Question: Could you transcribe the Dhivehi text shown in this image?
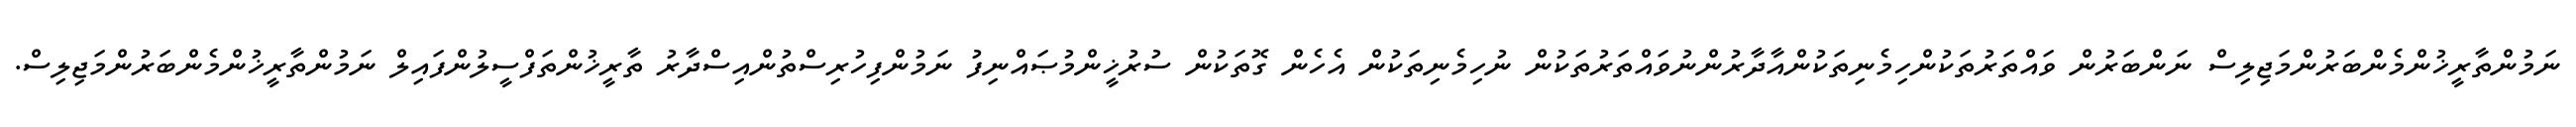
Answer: ނަމުންތާރީޚުންމެންބަރުންމަޖިލިސް ނަންބަރުން ވައްތަރުތަކުންހިމެނިތަކުންއާދާރުންނުވައްތަރުތަކުން ނުހިމެނިތަކުން އެހެން ގޮތަކުން ސުރުޚީންމުޞައްނިފު ނަމުންފިހުރިސްތުންއިސްދާރު ތާރީޚުންތަފްސީލުންފައިލް ނަމުންތާރީޚުންމެންބަރުންމަޖިލިސް.